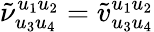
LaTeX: \tilde{\nu}_{u_{3}u_{4}}^{u_{1}u_{2}}=\tilde{v}_{u_{3}u_{4}}^{u_{1}u_{2}}